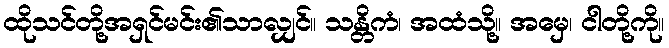
ထိုသင်တို့အရှင်မင်း၏သာလျှင်။ သန္တိကံ၊ အထံသို့။ အမှေ၊ ငါတို့ကို။